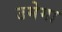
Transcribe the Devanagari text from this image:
उमेगा